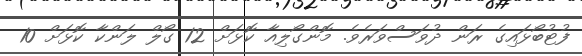
ފުޓުބޯޅައިގެ ރަން ދުވަސްވަރެވެ. މޮންގޯލިއާ ކޮޅަށް 12 ގޯލް ލަންކާ ކޮޅަށް 10